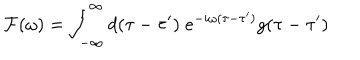
LaTeX: { \cal F } ( \omega ) = \int _ { - \infty } ^ { \infty } d ( \tau - \tau ^ { \prime } ) \; e ^ { - i \omega ( \tau - \tau ^ { \prime } ) } g ( \tau - \tau ^ { \prime } )